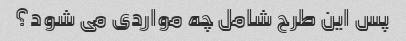
پس این طرح شامل چه مواردی می شود؟